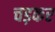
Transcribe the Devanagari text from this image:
चड़कर